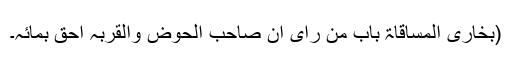
(بخاری المساقاۃ باب من رای ان صاحب الحوض والقربہ احق بمائہ۔